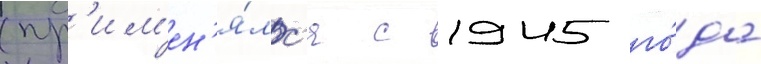
(пр'им'ен'я́лс'я с 1945 го́да